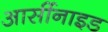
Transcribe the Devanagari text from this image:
आर्सीनाइड